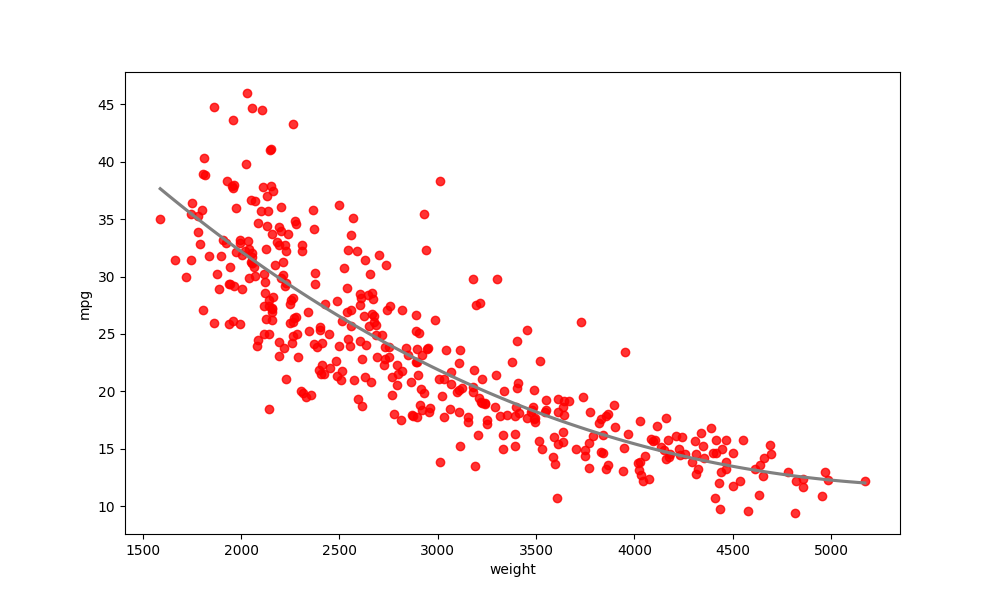
python, seaborn, regplot, order=3, ci=None, scatter_color=red, line_color=gray